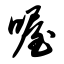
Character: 喔